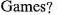
Games?